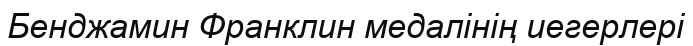
Бенджамин Франклин медалінің иегерлері